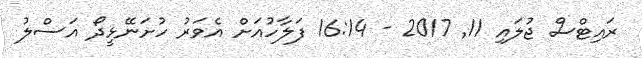
ރައިޓްސް ޖުލައި 11